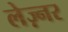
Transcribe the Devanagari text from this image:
लेज़्नर